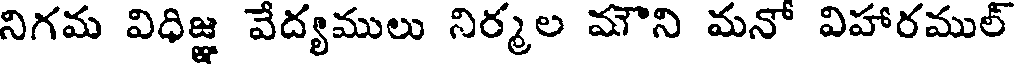
నిగమ విధిజ్ఞ వేద్యములు నిర్మల మౌని మనో విహారముల్